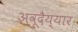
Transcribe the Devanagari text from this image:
अवूदैय्यार